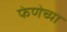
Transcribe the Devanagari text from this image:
फेणेच्या